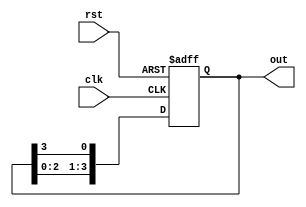
module ring_counter (
    input wire clk,       // Clock signal
    input wire rst,       // Asynchronous reset signal
    output reg [N-1:0] out // Output of the ring counter
);
    parameter N = 4; // Number of stages in the ring counter

    // Initial state
    initial begin
        out = 1'b1; // Initialize the counter to 0001 (only the first flip-flop is set)
    end

    always @(posedge clk or posedge rst) begin
        if (rst) begin
            out <= 1'b1; // Reset the counter to 0001
        end else begin
            out <= {out[N-2:0], out[N-1]}; // Shift the '1' to the right
        end
    end
endmodule